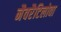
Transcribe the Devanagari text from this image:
नैवरैटिलोवा